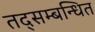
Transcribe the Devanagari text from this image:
तद्सम्बन्धित